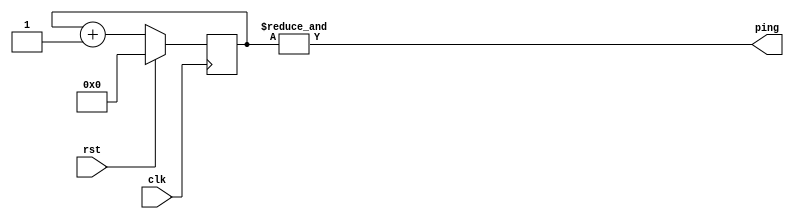
// coverage for repeat loops outside of constant functions

module counter1(clk, rst, ping);
	input clk, rst;
	output ping;
	reg [31:0] count;

	always @(posedge clk) begin
		if (rst)
			count <= 0;
		else
			count <= count + 1;
	end

	assign ping = &count;
endmodule

module counter2(clk, rst, ping);
	input clk, rst;
	output ping;
	reg [31:0] count;

	integer i;
	reg carry;

	always @(posedge clk) begin
		carry = 1;
		i = 0;
		repeat (32) begin
			count[i] <= !rst & (count[i] ^ carry);
			carry = count[i] & carry;
			i = i+1;
		end
	end

	assign ping = &count;
endmodule